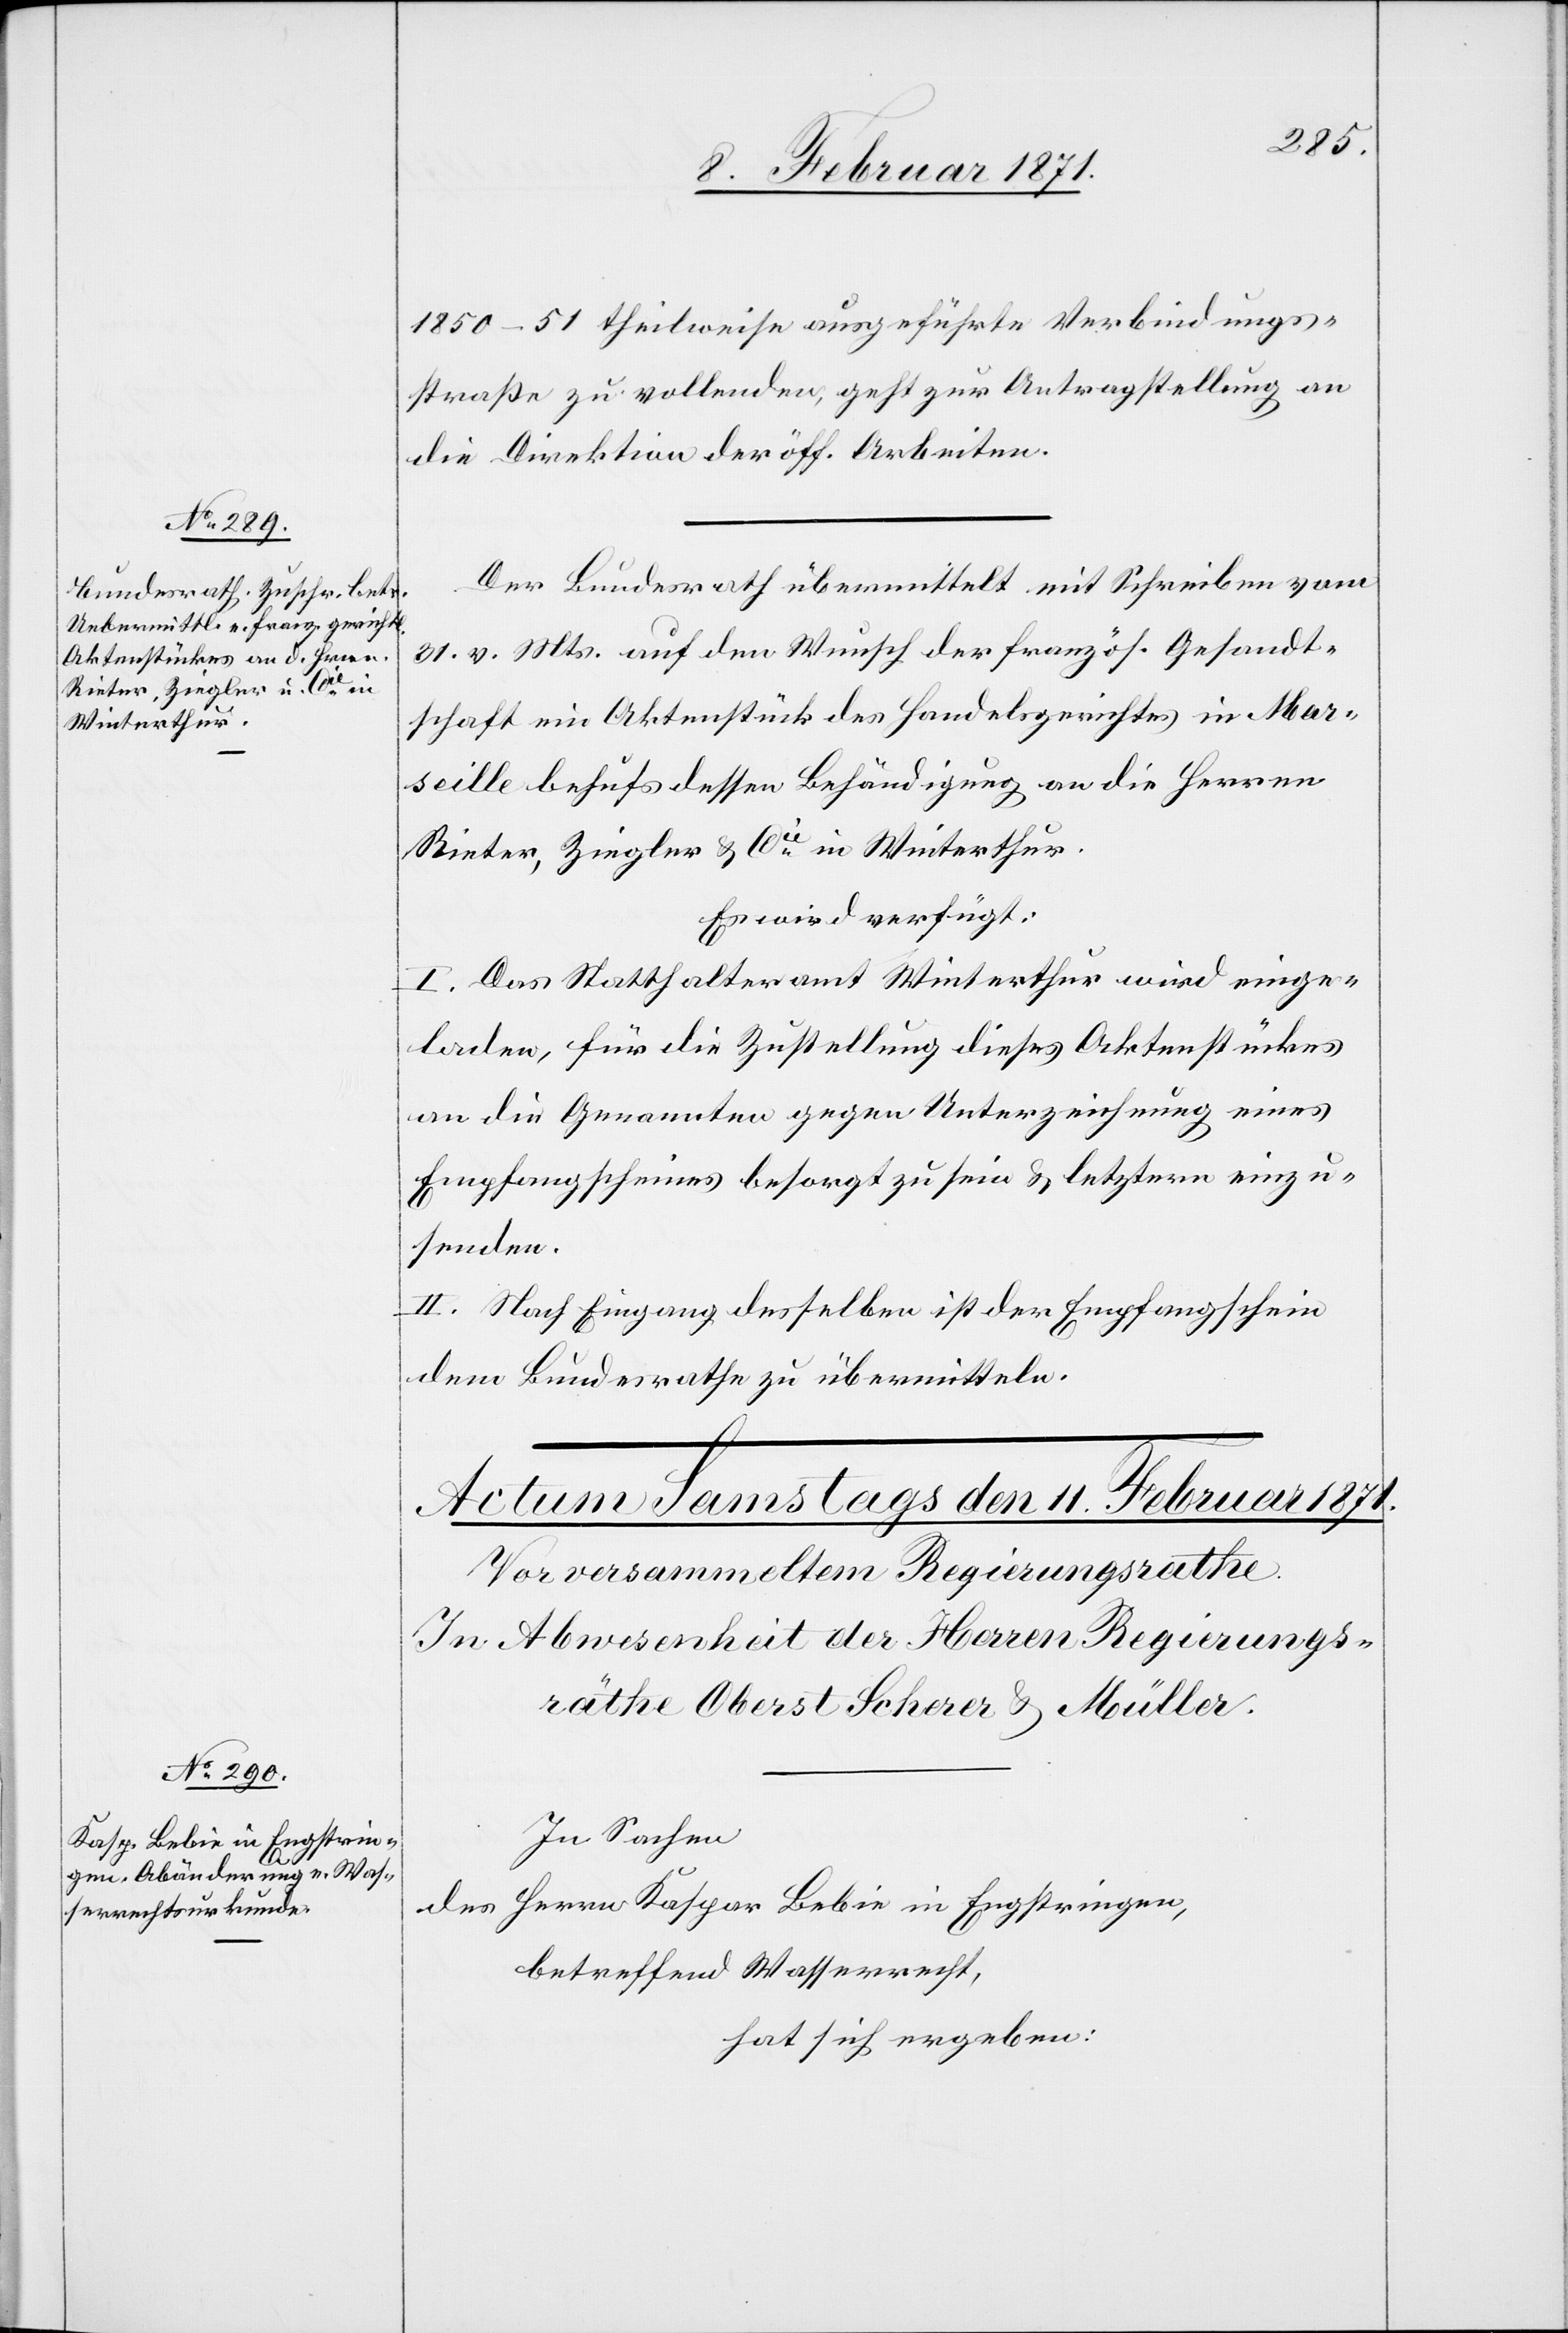
10. Februar 1871.]
1850–51 theilweise ausgeführte Verbindungs¬
straße zu vollenden, geht zur Antragstellung an
die Direktion der öff. Arbeiten.
Der Bundesrath übermittelt mit Schreiben vom
31. v. Mts. auf den Wunsch der französ. Gesandt¬
schaft ein Aktenstück des Handelsgerichtes in Mar¬
seille behufs dessen Behändigung an die Herren
Rieter, Ziegler & Cie.in Winterthur.
Es wird verfügt:
I. Das Statthalteramt Winterthur wird einge¬
laden, für die Zustellung dieses Aktenstückes
an die Genannten gegen Unterzeichnung eines
Empfangscheines besorgt zu sein und letztern einzu¬
senden.
II. Nach Eingang desselben ist der Empfangschein
dem Bundesrathe zu übermitteln.
In Sachen
Herrn Kaspar Bebie in Engstringen,
des
betreffend Wasserrecht,
hat sich ergeben: